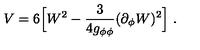
V = 6 \Big [ W ^ { 2 } - { \frac { 3 } { 4 g _ { \phi \phi } } } ( \partial _ { \phi } W ) ^ { 2 } \Big ] \ .